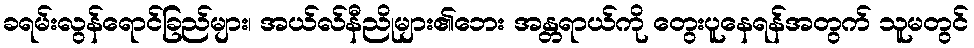
ခရမ်းလွန်ရောင်ခြည်များ၊ အယ်လ်နီညိုများ၏ဘေး အန္တရာယ်ကို တွေးပူနေရန်အတွက် သူမတွင်